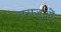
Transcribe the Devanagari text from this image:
तराजुओं